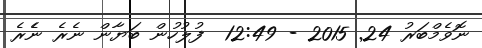
ނޮވެމްބަރު 24